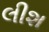
લીશ